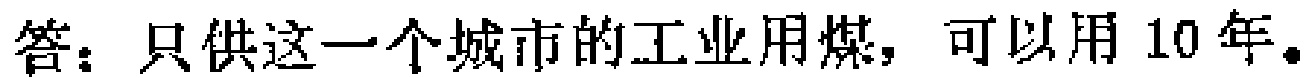
答：只供这一个城市的工业用煤，可以用 10 年。